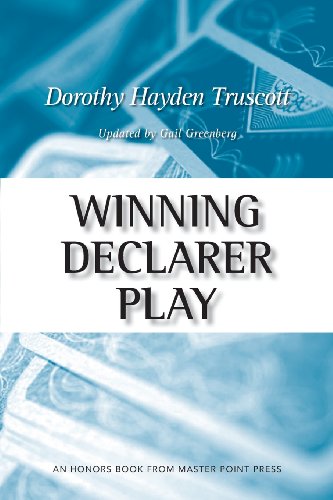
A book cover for Winning Declarer Play; Dorothy Hayden Truscott; Humor & Entertainment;